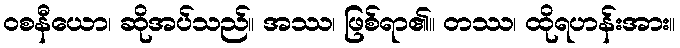
ဝစနီယော၊ ဆိုအပ်သည်။ အဿ၊ ဖြစ်ရာ၏။ တဿ၊ ထိုရဟန်းအား။